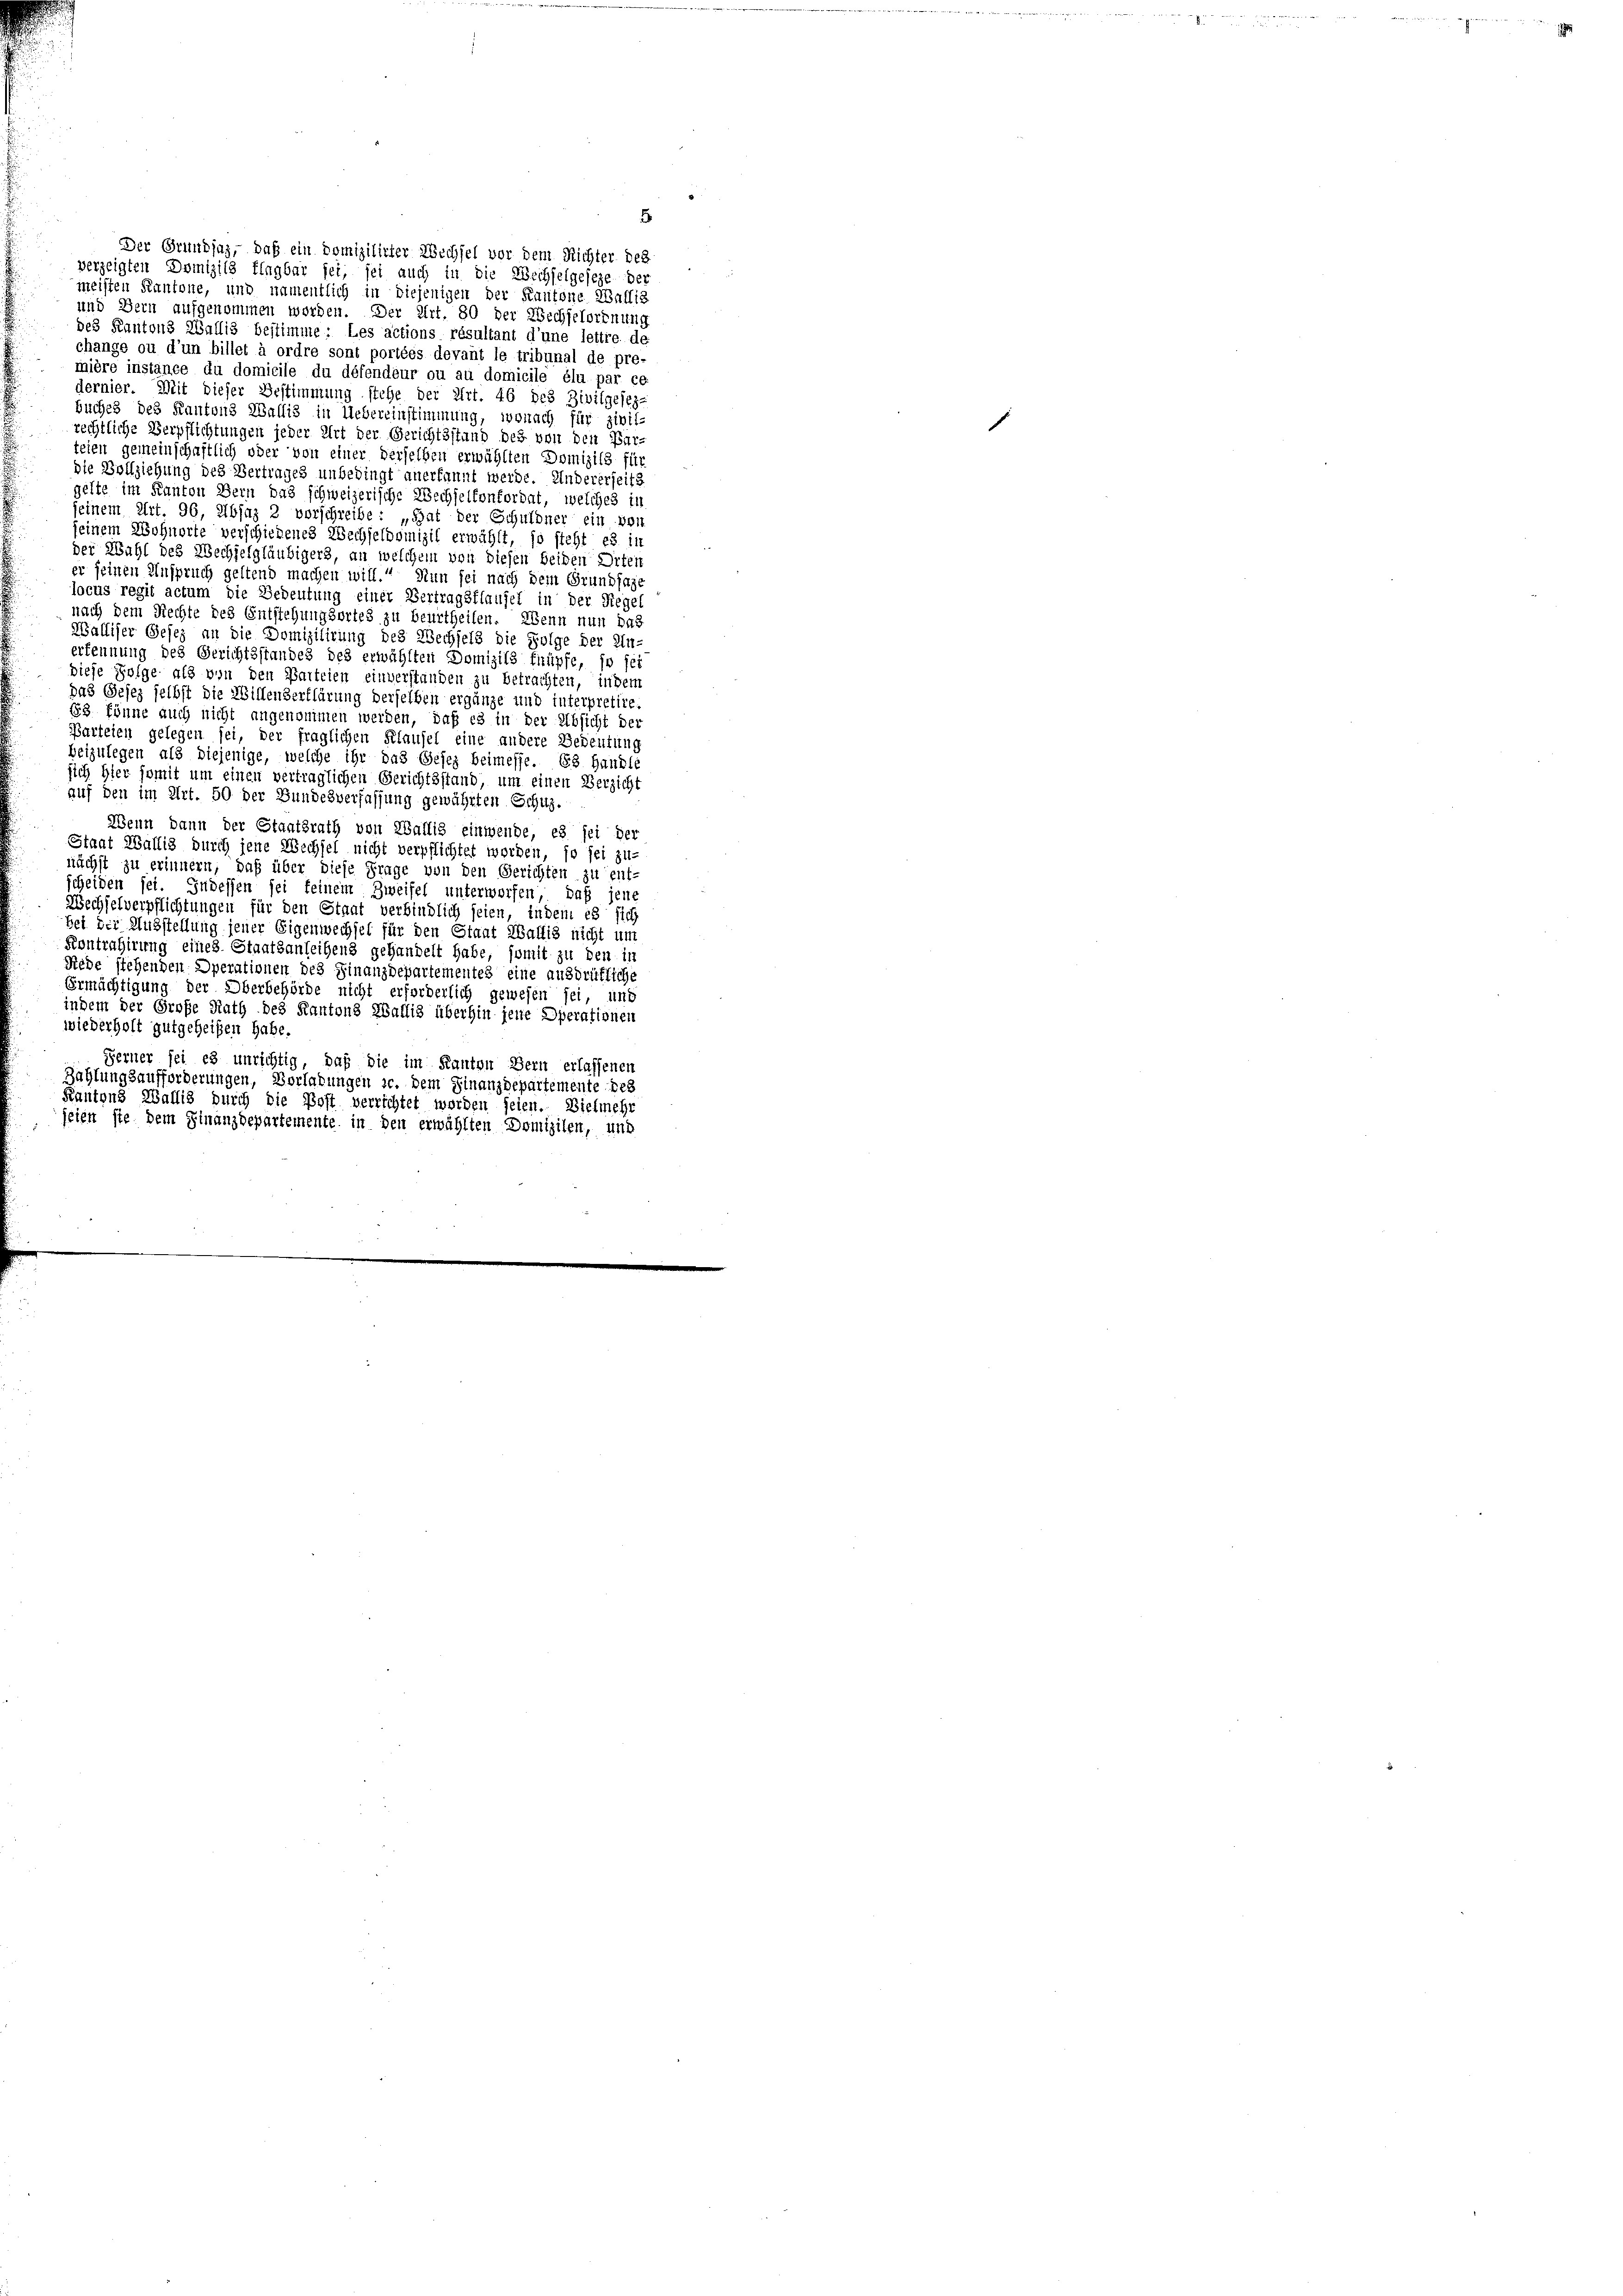
teien gemeinschaftlich oder von einer derselben erwählten Domizils für
die Vollziehung des Vertrages unbedingt anerkannt werde. Andererseits
gelte im Kanton Bern das schweizerische Wechselfonfordat, welches in
seinem Art. 96, Absaz 2 vorschreibe : „Hat der Schuldner ein von
seinem Wohnorte verschiedenes Wechseldomizil erwählt, so steht es in
der Wahl des Wechselgläubigers, an welchem von diesen beiden Orten
er seinen Anspruch geltend machen will. Nun sei nach dem Grundfage
locus regit actum die Bedeutung einer Vertragsflaufel in der Regel
nach dem Rechte des Entstehungsortes zu beurtheilen. Wenn nun das
Walliser Gesez an die Domizilirung des Wechsels die Folge der Un-
erkennung des Gerichtsstandes des erwählten Domizils knüpfe, so sei
diese Folge als von den Parteien einverstanden zu betrachten, indem
Das Gesez selbst die Willenderklärung derselben ergänze und interpretire.
83. könne auch nicht angenommen werden, daß es in der Absicht der
Parteien gelegen sei, der fraglichen Klausel eine andere Bedeutung
beizulegen als diejenige, welche ihr das Gesez beimesse. Es handle
sich hier somit um einen vertraglichen Gerichtsstand, um einen Verzicht
auf den im Art. 50 der Bundesverfassung gewährten Schus-
Wenn dann der Staatsrath von Wallis einwende, es sei der
Staat Wallig durch jene Wechsel nicht verpflichtet worden, so sei zu-
nächst zu erinnern, daß über diese Frage von den Gerichten zu ent-
scheiden sei. Indessen sei feinem Zweifel unterworfen, daß jene
Wechselverpflichtungen für den Staat verbindlich seien, indem es sich
bei der Ausstellung jener Eigenwechsel für den Staat Wallis nicht um
Kontrahirung eines Staatsanleihens gehandelt habe, somit zu den in
Rede stehenden Operationen des Finanzdepartementes eine ausdrükliche
Ermächtigung der Oberbehörde nicht erforderlich gewesen sei, und
indem der Große Rath des Kantons Wallis überhin jene Operationen
wiederholt gutgeheißen habe.
Ferner sei es unrichtig, daß die im Kanton Bern erlassenen
Zahlungsaufforderungen, Vorladungen sc. dem Finanzdepartemente des
Kantons Wallis durch die Post verrichtet worden seien. Vielmehr
jeien ste dem Finanzdepartemente in den erwählten Domizilen, und

Der Grundsaz, daß ein Domizilirter Wechsel vor dem Richter des
verzeigten Domizils flagbar sei, sei auch in die Wechselgeseze der
meisten Kantone, und namentlich in diejenigen der Kantone Wallis
und Bern aufgenommen worden. Der Art. 80 der Wechselordnung
des Kantons Wallis bestimme: Les actions résultant d’une lettre de
change ou d’un billet à ordre sont portées devant le tribunal de pre-
mière instance du domicile du défendeur ou au domicile élu par ce
dernier. Mit dieser Bestimmung stehe der Art. 46 des Zivilgesezbuches des Kantons Wallis in Uebereinstimmung, wonach für zivili
rechtliche Verpflichtungen jeder Art der Gerichtsstand des von den Bür¬